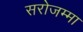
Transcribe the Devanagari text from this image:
सरोजम्मा